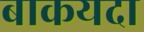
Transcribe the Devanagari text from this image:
बाकयदा